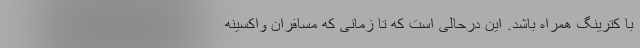
با کترینگ همراه باشد. این درحالی است که تا زمانی که مسافران واکسینه